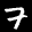
Label: 7